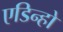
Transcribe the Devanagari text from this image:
एडिन्हो